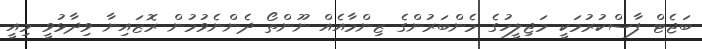
ބަޖެޓް ފާސްކުުރުމަކީ މަޖިލީހުގެ މެންބަރުންގެ ޒިންމާއެއް ނޫންތޯ ދެެންނެވުމުން ރޮޒައިނާ ވިދާޅުވީ މިއީ